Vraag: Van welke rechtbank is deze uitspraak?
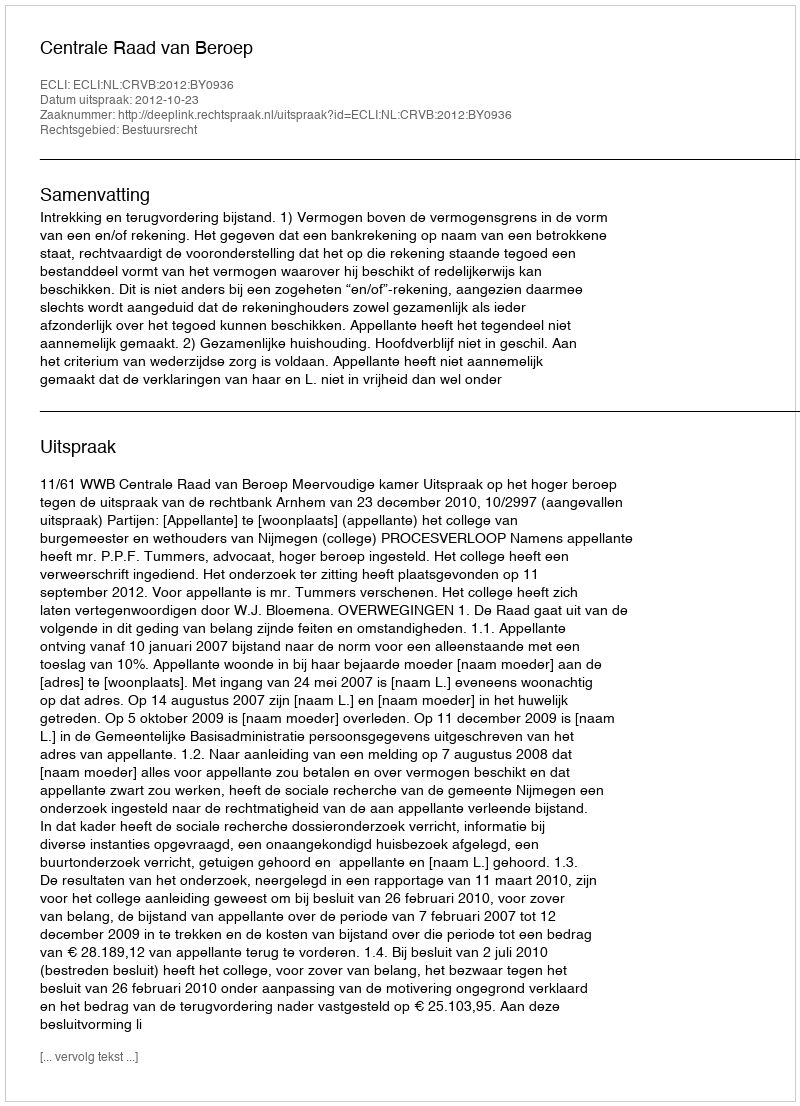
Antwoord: Centrale Raad van Beroep